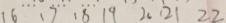
1 6 1 7 1 8 1 9 2 0 2 1 2 2